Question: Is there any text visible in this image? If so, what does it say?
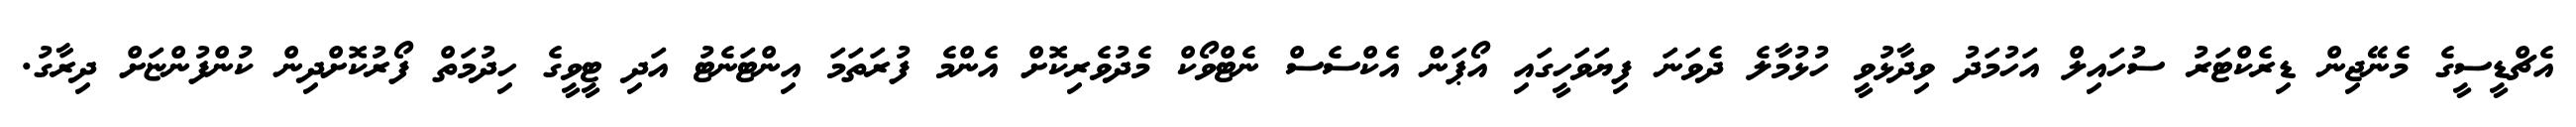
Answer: އެޗްޑީސީގެ މެނޭޖިން ޑިރެކްޓަރު ސުހައިލް އަހުމަދު ވިދާޅުވީ ހުޅުމާލެ ދެވަނަ ފިޔަވަހީގައި އޯޕަން އެކްސެސް ނެޓްވޯކް މެދުވެރިކޮށް އެންމެ ފުރަތަމަ އިންޓަނެޓު އަދި ޓީވީގެ ހިދުމަތް ފޯރުކޮށްދިން ކުންފުންޏަށް ދިރާގު.